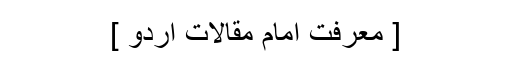
[ معرفت امام مقالات اردو ]